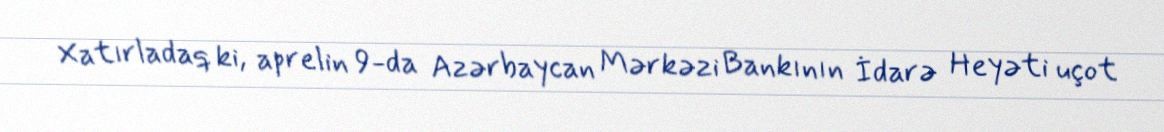
Xatırladaq ki, aprelin 9-da Azərbaycan Mərkəzi Bankının İdarə Heyəti uçot